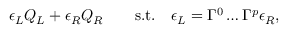
\epsilon _ { L } Q _ { L } + \epsilon _ { R } Q _ { R } \qquad \mathrm { s . t . } \quad \epsilon _ { L } = \Gamma ^ { 0 } \ldots \Gamma ^ { p } \epsilon _ { R } ,